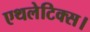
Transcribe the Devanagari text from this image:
एथलेटिक्स।